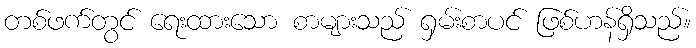
တစ်ဖက်တွင် ရေးထားသော စာများသည် ရှမ်းစာပင် ဖြစ်ဟန်ရှိသည်။